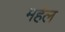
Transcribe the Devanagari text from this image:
महेल